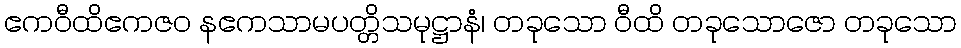
ဧကဝီထိဧကဇဝ နဧကသာမပတ္တိသမုဋ္ဌာနံ၊ တခုသော ဝီထိ တခုသောဇော တခုသော